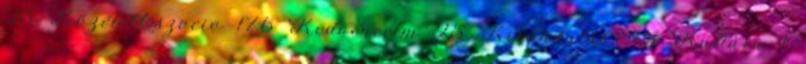
23 Közélet&szocio 176 Kedvenceim 25 Kirándulás 45 Kultúra 1